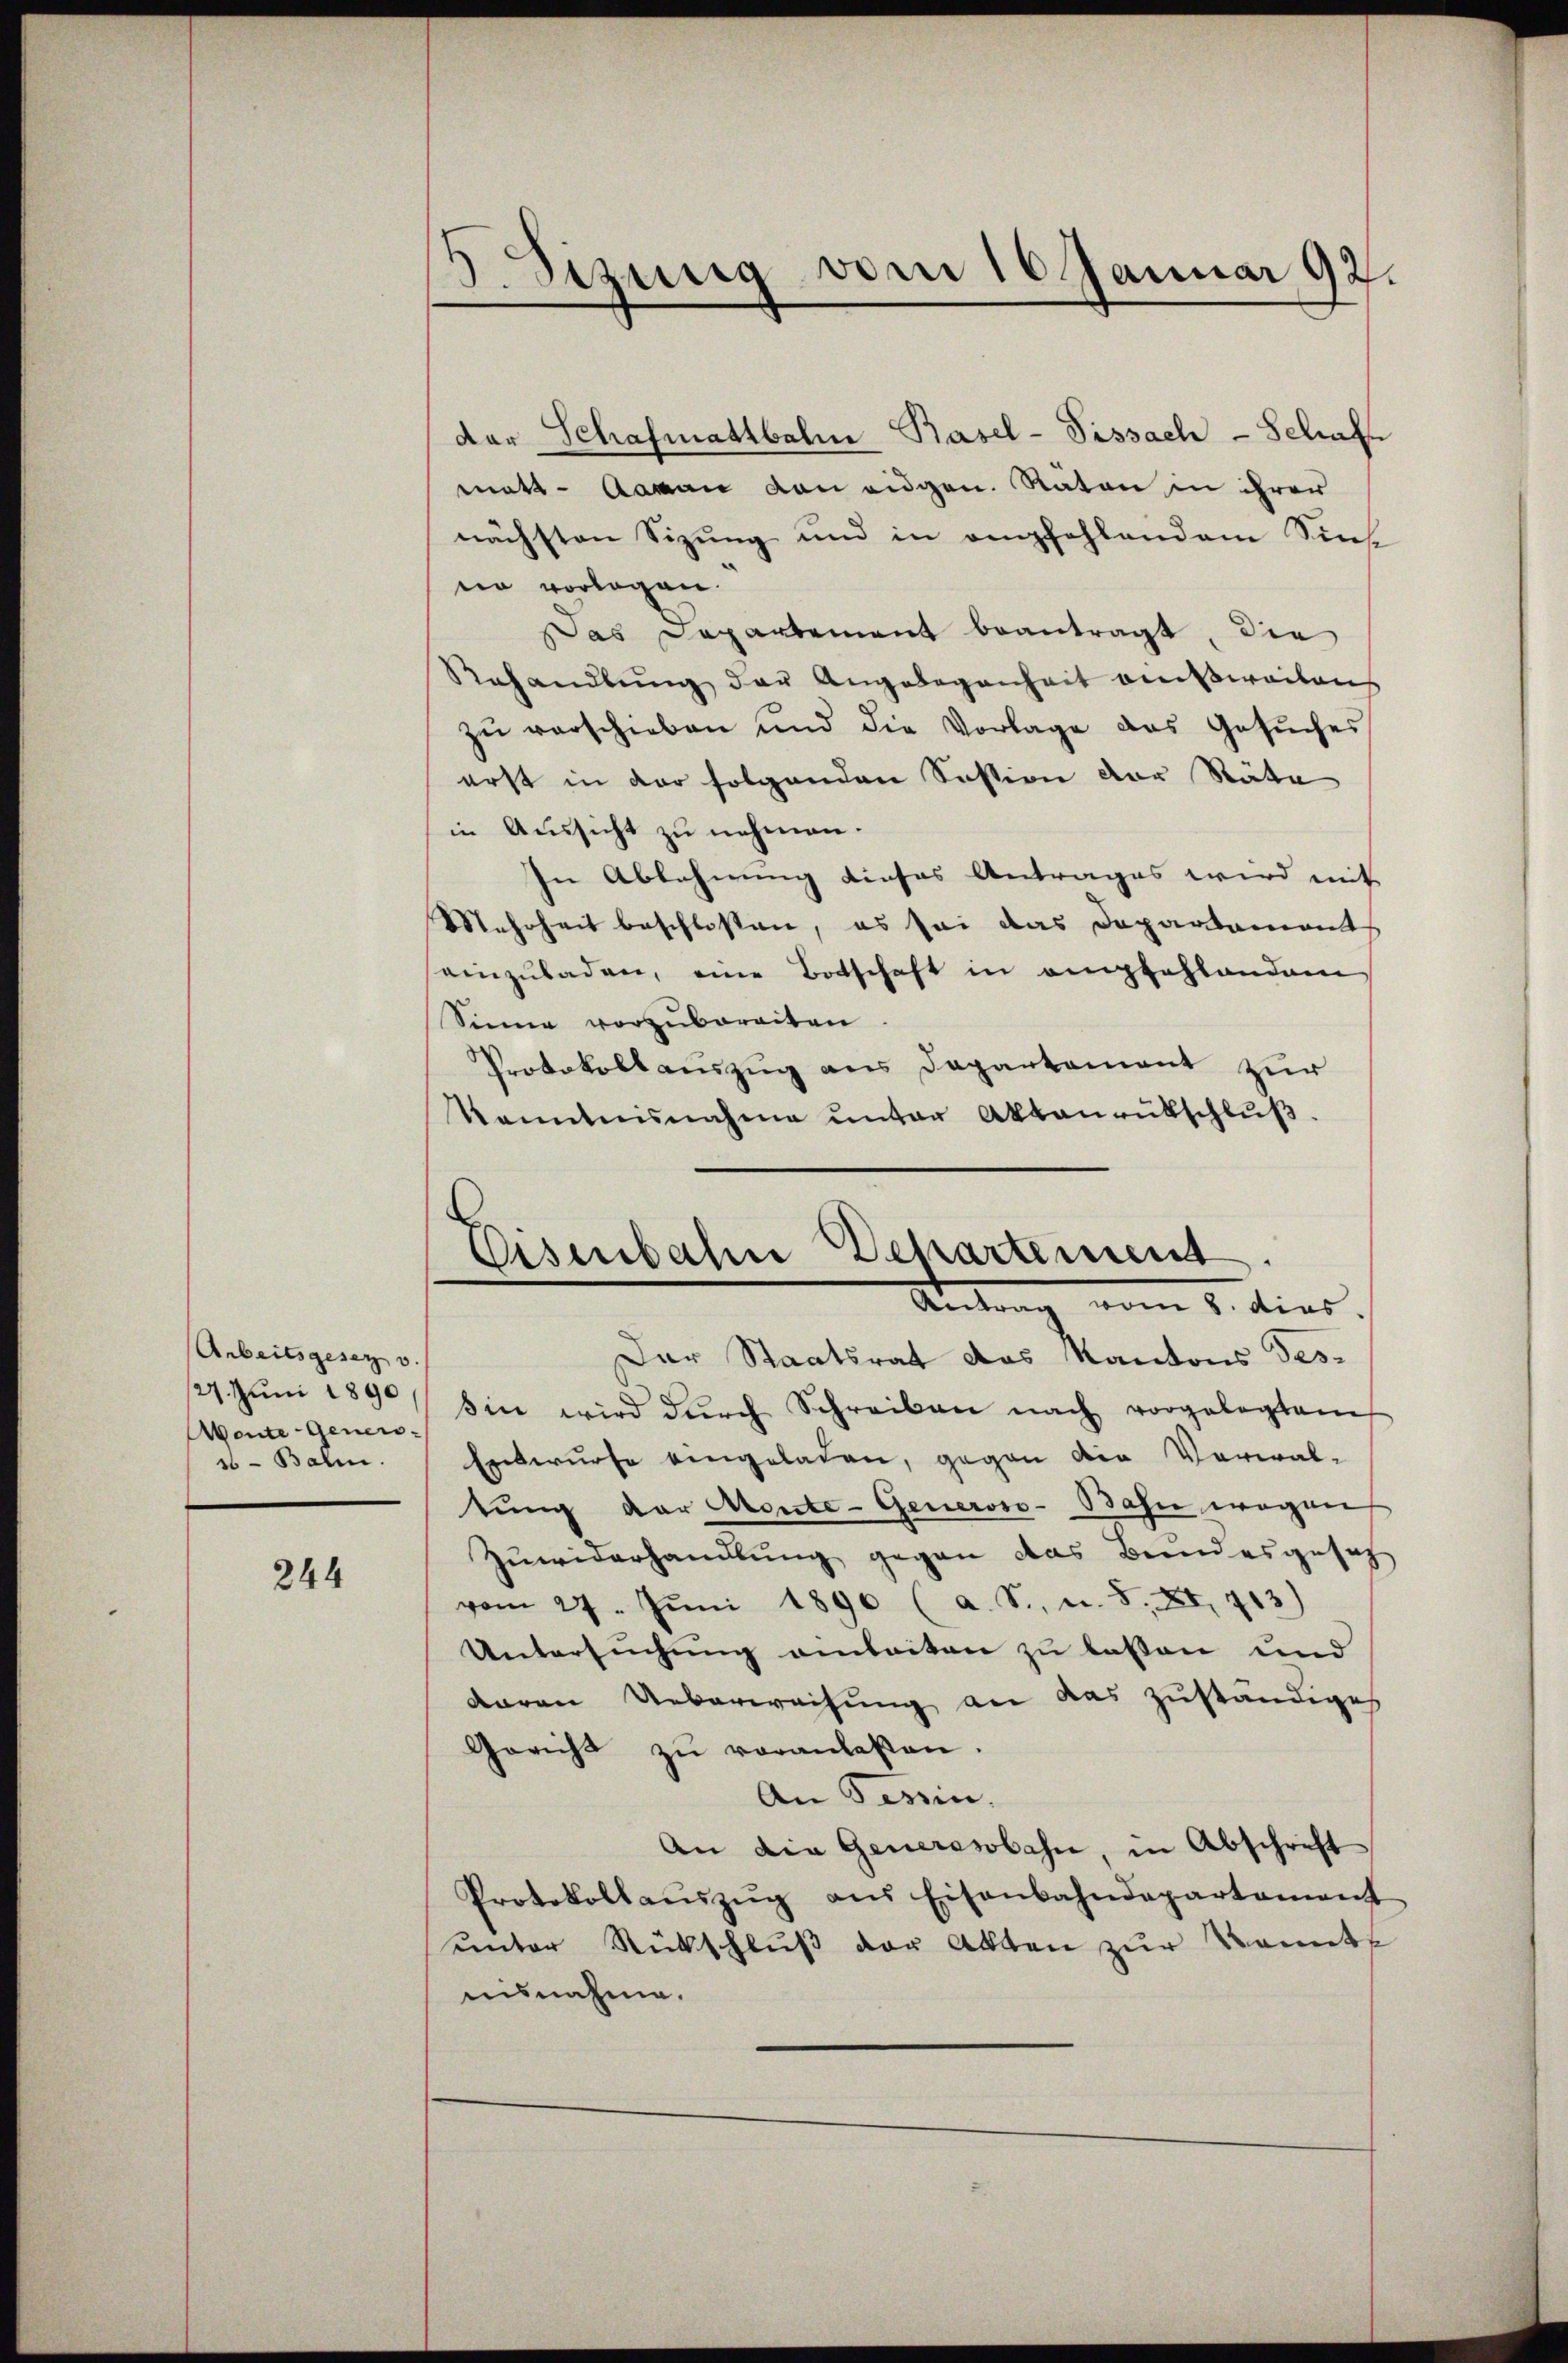
Arbeitsgesetz v.
127. Juni 1890
Wente Geners¬
16 - Balin.

244

Sitzung vom 16 Januar 92.

der Schafmattbahn Basel-Fissach - Schaft
matt - Aarau von eidgen. Raten in ihrer
nächsten Sizung und in empfehlendem Sinne vorlagen.
Das Departement beantragt, die
Rehandlŭng der Angelegenheit ausweilen
zŭ verschieben und die Vorlage das Gesŭches
erst in der folgenden Session der Räte
in Aussicht zu nehmen.
In Ablehnung dieses Antrages wird mit
Mehrheit beschlossen, es sei das Departament
einzŭladen, eine Botschaft in empfahlandam
Sinne vorzubereiten
Protokollauszug aus Departement zur
Tanntnisnahme ŭnter Aktenrütschlŭβ

Eisenbahn Departement
Seite vom 5. dies.

Der Staatsrat das Kantons Tes-
sin wird dŭrch Schreiben nach vorgelegten
Entwurfe eingeladen, gegen die Verwaltung der Monte- Generoso- Bahn wegen
Zuwiderhandlung gegen das Bundesgesetz
vom 27. Jŭni 1890 (a. S. u. S. XI. 713)
Untersuchung anleiten zu lassen und
daren Ueberweisung an das zuständiges
Gericht zŭ veranlaßen.
An Tessin,
An die Generesbahn, in Abschrift
Protokollaŭszŭg aŭs Eisenbahndepartement
ŭnter Rückschlŭβ der Akten zŭr Konnte
usnahme.